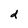
Character: d